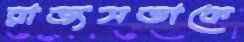
রাজ্যসভাকে